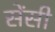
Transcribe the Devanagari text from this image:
सेंसी